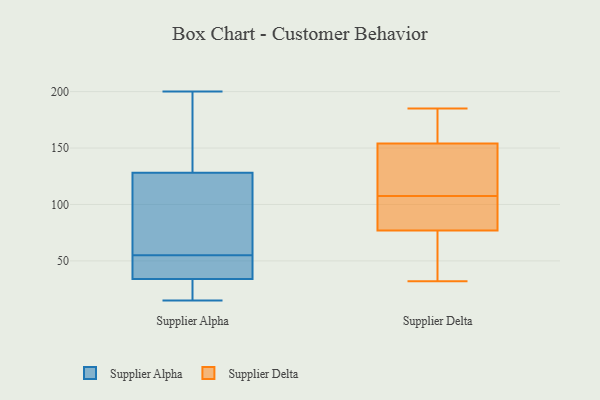
{"axis": {"x": "Production Output", "y": "Value"}, "legend": ["Supplier Alpha", "Supplier Delta"], "data": [{"x": "", "y": 34, "type": "Supplier Alpha"}, {"x": "", "y": 42, "type": "Supplier Alpha"}, {"x": "", "y": 35, "type": "Supplier Alpha"}, {"x": "", "y": 15, "type": "Supplier Alpha"}, {"x": "", "y": 69, "type": "Supplier Alpha"}, {"x": "", "y": 200, "type": "Supplier Alpha"}, {"x": "", "y": 128, "type": "Supplier Alpha"}, {"x": "", "y": 54, "type": "Supplier Alpha"}, {"x": "", "y": 18, "type": "Supplier Alpha"}, {"x": "", "y": 56, "type": "Supplier Alpha"}, {"x": "", "y": 85, "type": "Supplier Alpha"}, {"x": "", "y": 16, "type": "Supplier Alpha"}, {"x": "", "y": 157, "type": "Supplier Alpha"}, {"x": "", "y": 179, "type": "Supplier Alpha"}, {"x": "", "y": 101, "type": "Supplier Delta"}, {"x": "", "y": 165, "type": "Supplier Delta"}, {"x": "", "y": 53, "type": "Supplier Delta"}, {"x": "", "y": 89, "type": "Supplier Delta"}, {"x": "", "y": 134, "type": "Supplier Delta"}, {"x": "", "y": 79, "type": "Supplier Delta"}, {"x": "", "y": 154, "type": "Supplier Delta"}, {"x": "", "y": 73, "type": "Supplier Delta"}, {"x": "", "y": 77, "type": "Supplier Delta"}, {"x": "", "y": 181, "type": "Supplier Delta"}, {"x": "", "y": 172, "type": "Supplier Delta"}, {"x": "", "y": 79, "type": "Supplier Delta"}, {"x": "", "y": 73, "type": "Supplier Delta"}, {"x": "", "y": 117, "type": "Supplier Delta"}, {"x": "", "y": 152, "type": "Supplier Delta"}, {"x": "", "y": 32, "type": "Supplier Delta"}, {"x": "", "y": 114, "type": "Supplier Delta"}, {"x": "", "y": 185, "type": "Supplier Delta"}]}